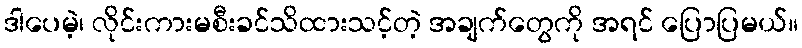
ဒါပေမဲ့၊ လိုင်းကားမစီးခင်သိထားသင့်တဲ့ အချက်တွေကို အရင် ပြောပြမယ်။